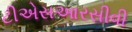
ટીએસઆરસીવી